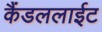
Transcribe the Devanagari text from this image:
कैंडललाईट